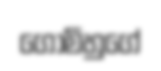
ගෝමිහුගේ